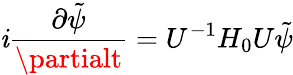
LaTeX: \mathit{i}\frac{{\partial\tilde{{\psi}}}}{{\partialt}}=U^{-1}H_{0}U\tilde{{\psi}}